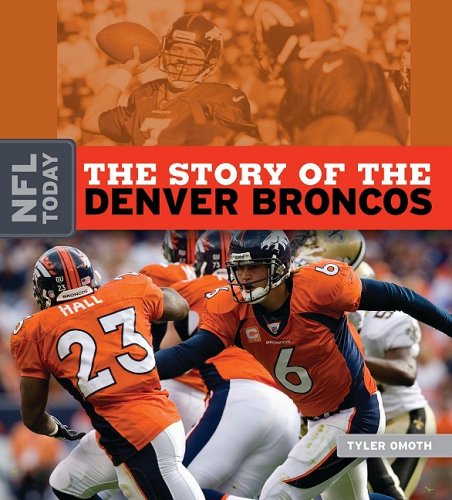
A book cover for The Story of the Denver Broncos (NFL Today); Tyler Omoth; Teen & Young Adult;